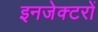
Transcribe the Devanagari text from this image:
इनजेक्टरों